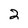
Character: 2